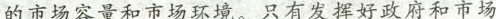
的市场容量和市场环境。只有发挥好政府和市场